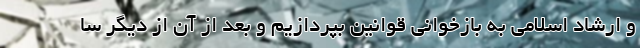
و ارشاد اسلامی به بازخوانی قوانین بپردازیم و بعد از آن از دیگر سا